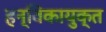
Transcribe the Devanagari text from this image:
हन्विकायुक्त